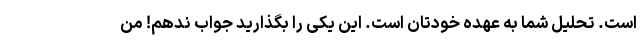
است. تحلیل شما به عهده خودتان است. این یکی را بگذارید جواب ندهم! من